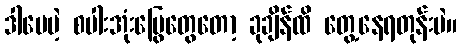
ဒါပေမဲ့ စပါးအုံးမြွေတွေတော့ ခုချိန်ထိ တွေ့နေရတုန်းပဲ။